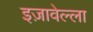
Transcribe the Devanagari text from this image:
इज़ावेल्ला